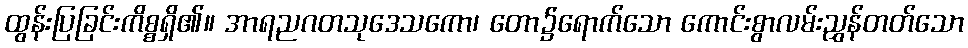
ထွန်းပြခြင်းကိစ္စရှိ၏။ အာရညဂတသုဒေသကော၊ တော၌ရောက်သော ကောင်းစွာလမ်းညွှန်တတ်သော